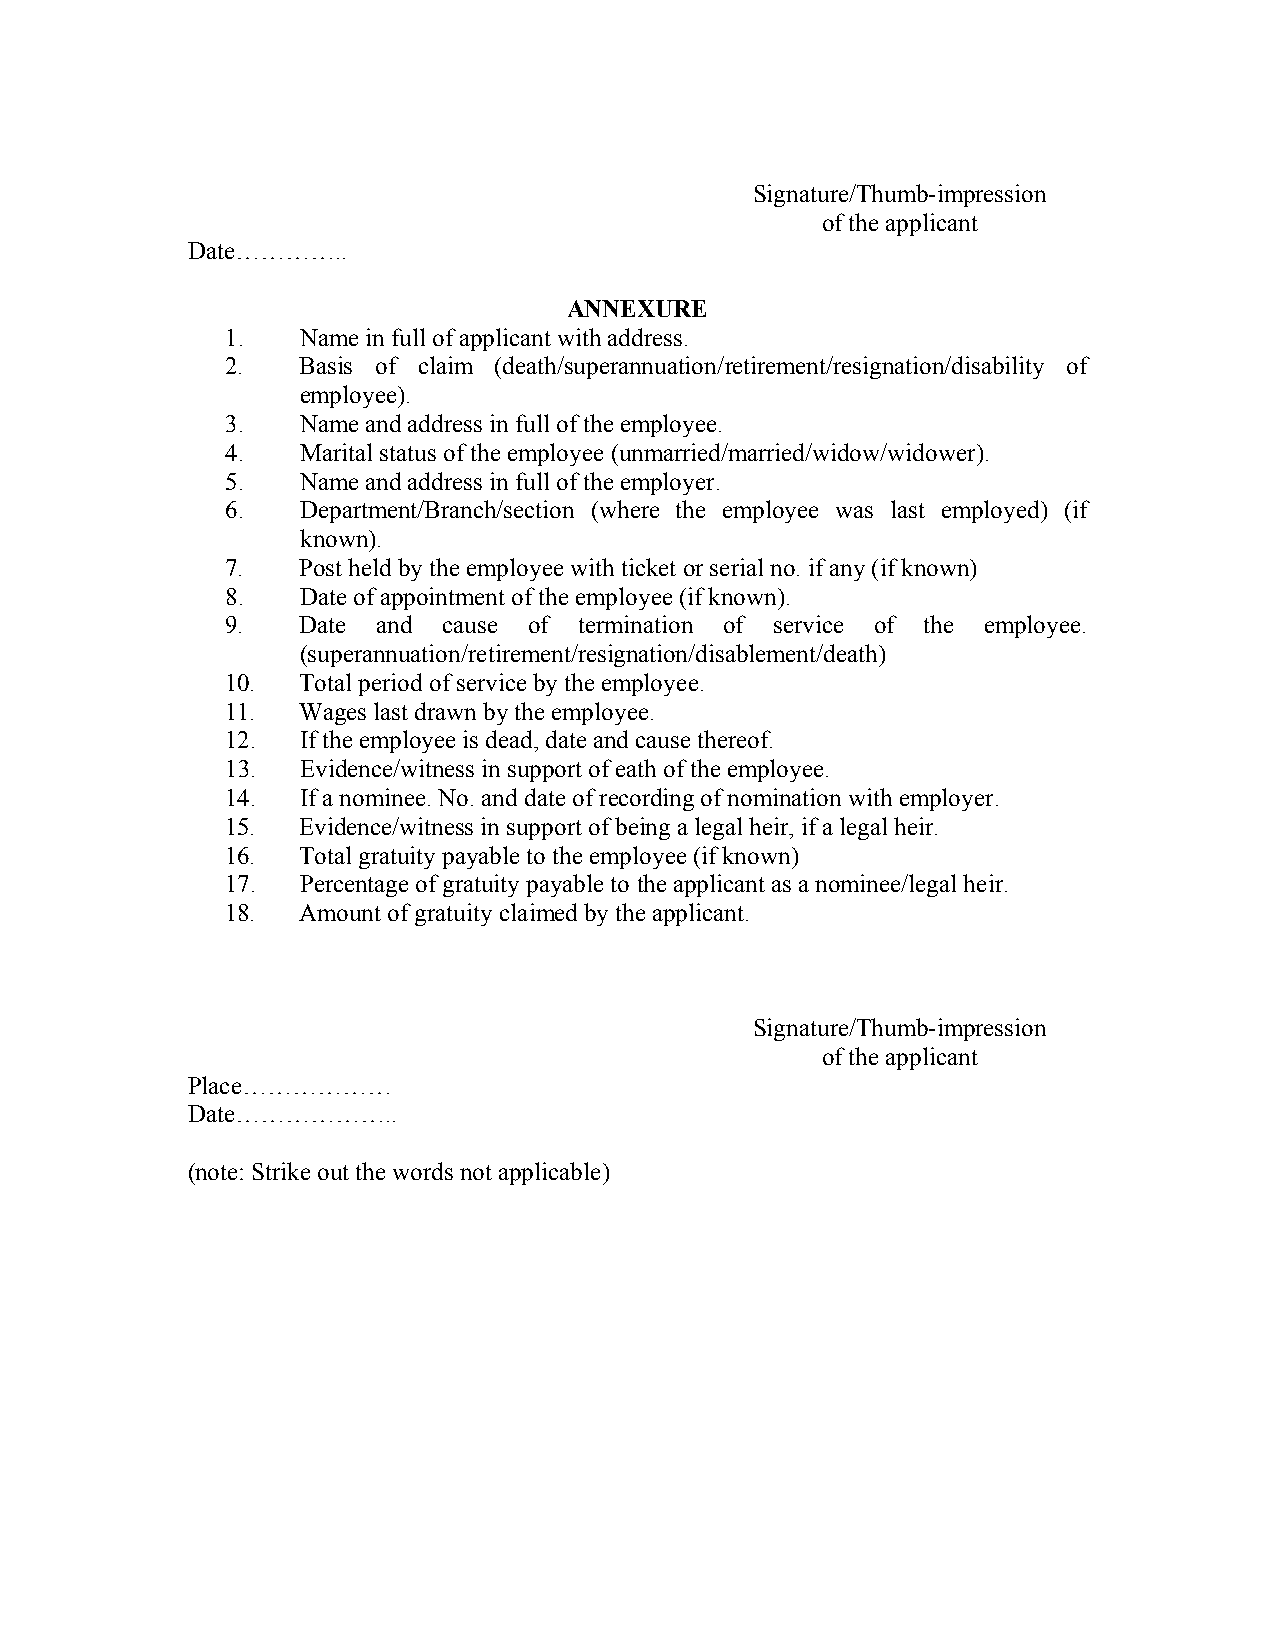
Signature/Thumb-impression
 of the applicant
 Date…………..
 ANNEXURE
 1.   Name in full of applicant with address.
 2.   Basis of claim (death/superannuation/retirement/resignation/disability of
 employee).
 3.   Name and address in full of the employee.
 4.   Marital status of the employee (unmarried/married/widow/widower).
 5.   Name and address in full of the employer.
 6.   Department/Branch/section (where the employee was last employed) (if
 known).
 7.   Post held by the employee with ticket or serial no. if any (if known)
 8.   Date of appointment of the employee (if known).
 9.   Date and cause of termination of service of the employee.
 (superannuation/retirement/resignation/disablement/death)
 10.  Total period of service by the employee.
 11.  Wages last drawn by the employee.
 12.  If the employee is dead, date and cause thereof.
 13.  Evidence/witness in support of eath of the employee.
 14.  If a nominee. No. and date of recording of nomination with employer.
 15.  Evidence/witness in support of being a legal heir, if a legal heir.
 16.  Total gratuity payable to the employee (if known)
 17.  Percentage of gratuity payable to the applicant as a nominee/legal heir.
 18.  Amount of gratuity claimed by the applicant.
 Signature/Thumb-impression
 of the applicant
 Place………………
 Date………………..
 (note: Strike out the words not applicable)